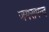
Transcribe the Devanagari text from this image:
जयसमन्‍द